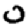
Digit: 0